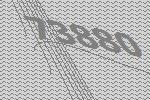
73880